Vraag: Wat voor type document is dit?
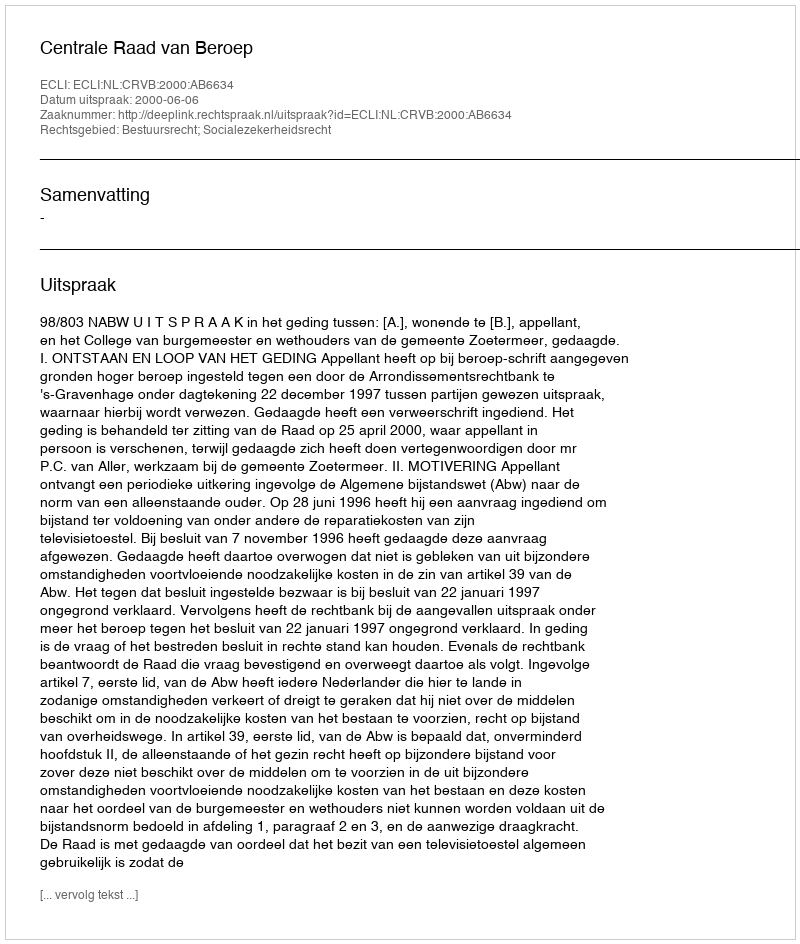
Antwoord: Uitspraak